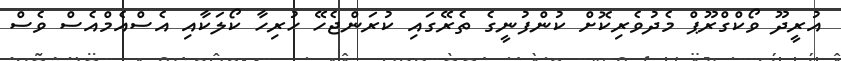
އުރީދޫ ވޯކްގްރޫޕް މެދުވެރިކޮށް ކުންފުނީގެ ތެރޭގައި ކުރަންޖެހޭ ހުރިހާ ކޯލަކާއި އެސްއެމްއެސް ވެސް